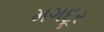
મગદૂર